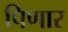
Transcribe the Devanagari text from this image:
पिणार